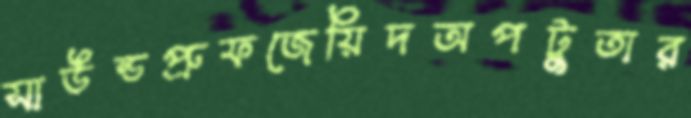
সাউন্ডপ্রুফজেয়িদঅপটুতার